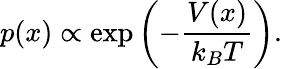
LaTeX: p(x)\propto\exp\left({-{\frac{V(x)}{k_{B}T}}}\right).